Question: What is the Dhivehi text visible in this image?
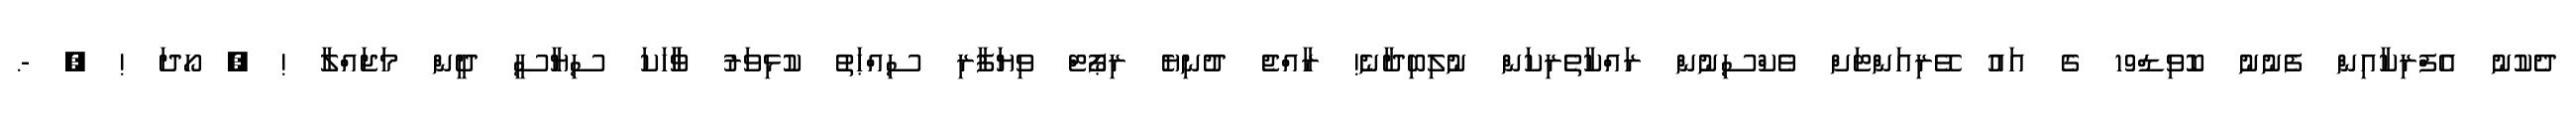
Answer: ދެކުނު އެފްރިކާއިން ފެނުނު ކޮވިޑް19 ގެ އައު ވޭރިއަންޓަށް ވެކްސިނުން ރައްކާތެރިކަން ނުލިބިދާނެ! ރާއްޖެ ދުނިޔެ ރިޕޯޓް ވިޔަފާރި ސިއްޙަތު ކުޅިވަރު ވާާހަކަ ސިޔާސީ ދީން މަޖައްލާ ! ? ހޯދަ ! ? -.